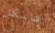
هاسكل